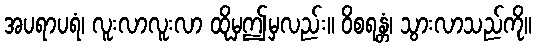
အပရာပရံ၊ လူးလာလူးလာ ထိုမှဤမှလည်း။ ဝိစရန္တံ၊ သွားလာသည်ကို။